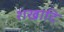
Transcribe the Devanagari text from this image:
शंखादि